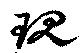
現